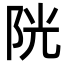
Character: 𨹂